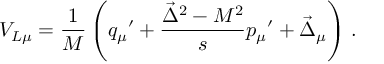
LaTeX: V _ { L \mu } = { \frac { 1 } { M } } \left( { q _ { \mu } } ^ { \prime } + { \frac { \vec { \Delta } ^ { 2 } - M ^ { 2 } } { s } } { p _ { \mu } } ^ { \prime } + \vec { \Delta } _ { \mu } \right) \, .